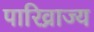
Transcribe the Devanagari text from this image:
पारिव्राज्य